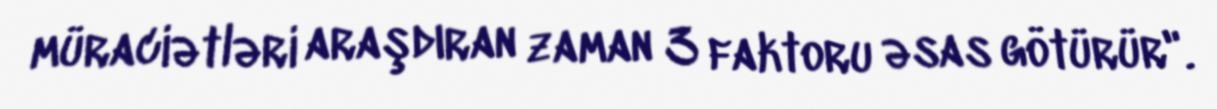
müraciətləri araşdıran zaman 3 faktoru əsas götürür".